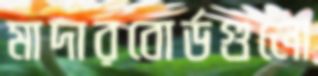
মাদারবোর্ডগুলো